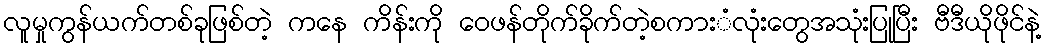
လူမှုကွန်ယက်တစ်ခုဖြစ်တဲ့ ကနေ ကိန်းကို ဝေဖန်တိုက်ခိုက်တဲ့စကားံလုံးတွေအသုံးပြုပြီး ဗီဒီယိုဖိုင်နဲ့